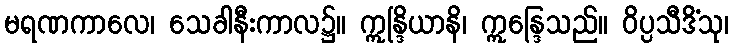
မရဏကာလေ၊ သေခါနီးကာလ၌။ ဣန္ဒြိယာနိ၊ ဣန္ဒြေသည်။ ဝိပ္ပသီဒိံသု၊